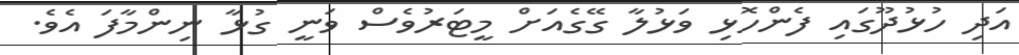
އަދި ހުޅުދޫގައި ފެންހޮޅި ވަޅުލާ ގޭގެއަށް މީޓަރުވެސް ވަނީ ގުޅާ ނިންމާފަ އެވެ.